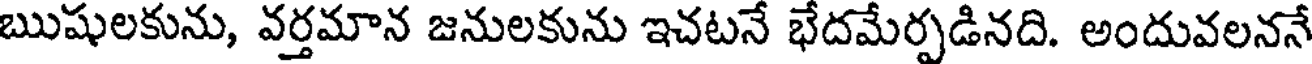
ఋషులకును, వర్తమాన జనులకును ఇచటనే భేదమేర్పడినది. అందువలననే